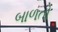
બાળતો